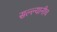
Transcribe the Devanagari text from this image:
सल्ल्यानीच